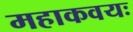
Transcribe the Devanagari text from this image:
महाकवयः